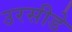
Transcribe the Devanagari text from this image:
उरसीडे